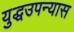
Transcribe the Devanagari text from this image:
युद्धउपन्यास